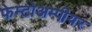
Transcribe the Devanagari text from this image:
फेम्टोअम्पीयर